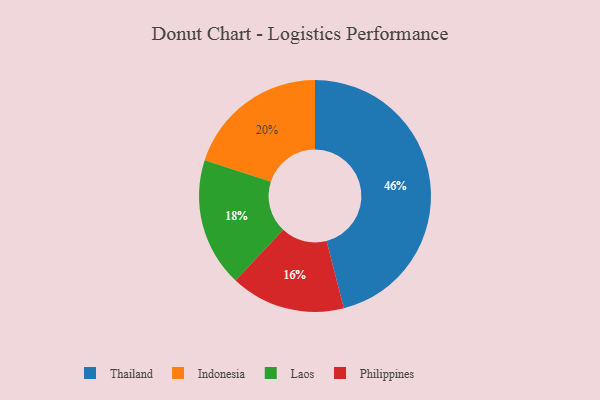
{"axis": {"x": "Category", "y": "Percentage"}, "legend": ["Indonesia", "Laos", "Philippines", "Thailand"], "data": [{"x": "Laos", "y": 18, "type": "Laos"}, {"x": "Philippines", "y": 16, "type": "Philippines"}, {"x": "Indonesia", "y": 20, "type": "Indonesia"}, {"x": "Thailand", "y": 46, "type": "Thailand"}]}